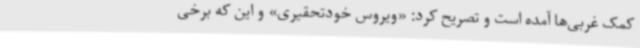
کمک غربی‌ها آمده است و تصریح کرد: «ویروس خودتحقیری» و این که برخی